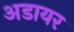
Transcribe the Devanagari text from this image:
अडायर